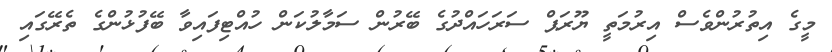
މީގެ އިތުރުންވެސް އިރުމަތީ ޔޫރަޕް ސަރަހައްދުގެ ބޭރުން ސަމާލުކަން ހުއްޓިފައިވާ ބޭފުޅުންގެ ތެރޭގައި